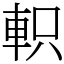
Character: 軹